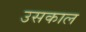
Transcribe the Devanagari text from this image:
उसकाल